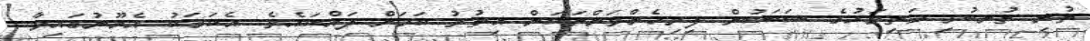
ތުނި ތުނބުޅި މަތިމަހުގެ ސަބަބުން ފިރިހެންވަންތަކަން އިތުރު ކަމަށް ދައްކައެވެ. އެކަމަކު އެމޫނުގައިވާ